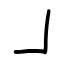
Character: ㇘